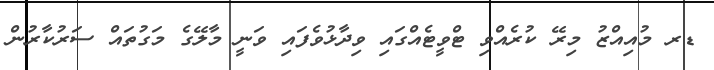
ޑރ މުއިއްޒު މިރޭ ކުރެއްވި ޓްވީޓެއްގައި ވިދާޅުވެފައި ވަނީ މާލޭގެ މަގުތައް ސަރުކާރުން